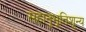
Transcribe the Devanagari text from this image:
सहानुभूतिशून्य